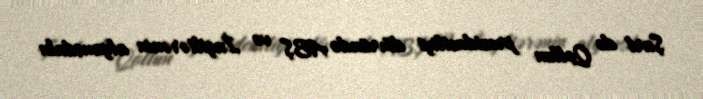
Şarl de Qollun prezidentliyi dövründə ABŞ və İngiltərənin alyansdakı